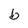
Character: b